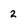
Character: 2